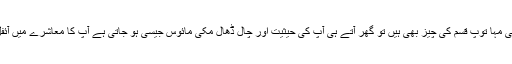
کدو، ٹینڈے سے مشابہ شخصیت آپ اپنے دفتر یا کاروبار میں کوئی مہا توپ قسم کی چیز بھی ہیں تو گھر آتے ہی آپ کی حیثیت اور چال ڈھال مِکی مائوس جیسی ہو جاتی ہے آپ کا معاشرے میں آئفل ٹاور جیسا مقام گھر میں گائے کے کھونٹے سے زیادہ نہیں رہتا۔